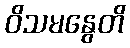
ဝိသမနွေတိ